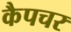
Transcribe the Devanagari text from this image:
कैपचर